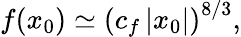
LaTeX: f(x_{0})\simeq\left(c_{f}\left|x_{0}\right|\right)^{8/3},